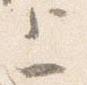
上